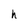
Character: h